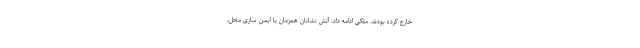
خارج کرده بودند. ملکی ادامه داد:‌ آتش نشانان همزمان با ایمن سازی محل،